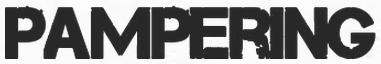
PAMPERING